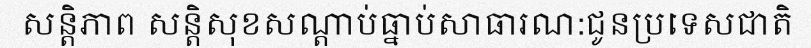
សន្តិភាព សន្តិសុខសណ្តាប់ធ្នាប់សាធារណ:ជូនប្រទេសជាតិ